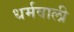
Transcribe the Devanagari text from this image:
धर्मवाली